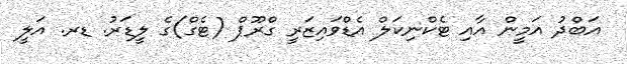
އަބްދު އަމީން އާއި ޓެކްނިކަލް އެޑްވައިޒަރީ ގްރޫޕް (ޓެގް)ގެ ލީޑަރު. ޑރ. އަލީ